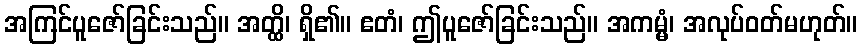
အကြင်ပူဇော်ခြင်းသည်။ အတ္ထိ၊ ရှိ၏။ ဧတံ၊ ဤပူဇော်ခြင်းသည်။ အကမ္မံ၊ အလုပ်ဝတ်မဟုတ်။